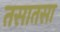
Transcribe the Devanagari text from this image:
तसातसा